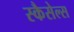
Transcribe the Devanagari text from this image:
स्कैसेल्स